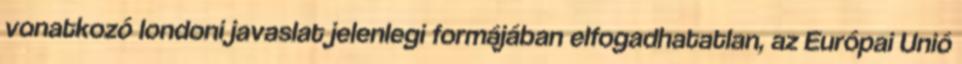
vonatkozó londoni javaslat jelenlegi formájában elfogadhatatlan, az Európai Unió